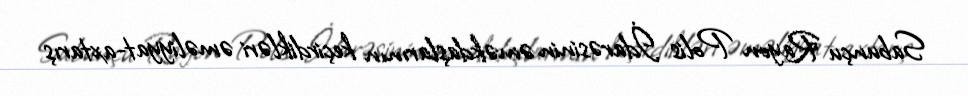
Sabunçu Rayon Polis İdarəsinin əməkdaşlarının keçirdikləri əməliyyat-axtarış